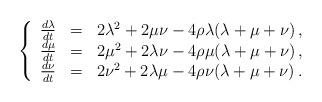
LaTeX: \begin{align*}\left\{\begin{array}{lll}\frac{d\lambda}{dt}&=&2\lambda^2+2\mu\nu-4\rho\lambda(\lambda+\mu+\nu)\,,\\\frac{d\mu}{dt}&=&2\mu^2+2\lambda\nu-4\rho\mu(\lambda+\mu+\nu)\,,\\\frac{d\nu}{dt}&=&2\nu^2+2\lambda\mu-4\rho\nu(\lambda+\mu+\nu)\,.\end{array}\right.\end{align*}